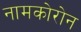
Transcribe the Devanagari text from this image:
नामकोरोन